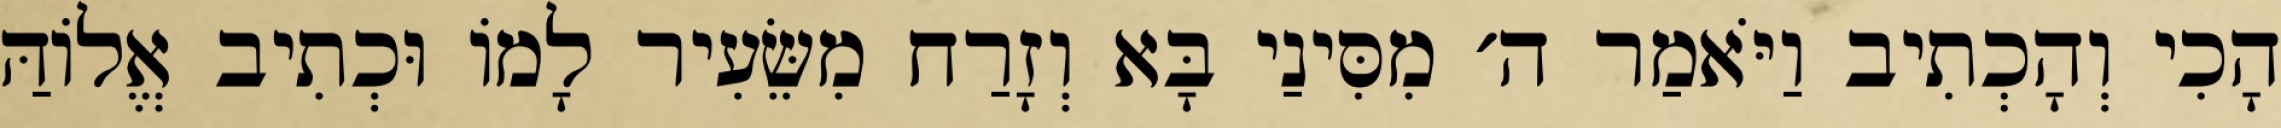
הָכִי וְהָכְתִיב וַיֹּאמַר ה׳ מִסִּינַי בָּא וְזָרַח מִשֵּׂעִיר לָמוֹ וּכְתִיב אֱלוֹהַּ